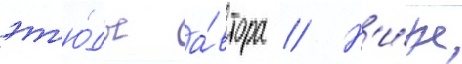
эт'ю́ды а́втора // Н'и́же